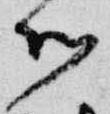
御